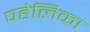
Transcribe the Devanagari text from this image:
पहेलिका